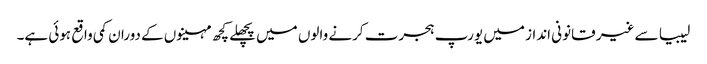
لیبیا سے غیر قانونی انداز میں یورپ ہجرت کرنے والوں میں پچھلے کچھ مہینوں کے دوران کمی واقع ہوئی ہے۔